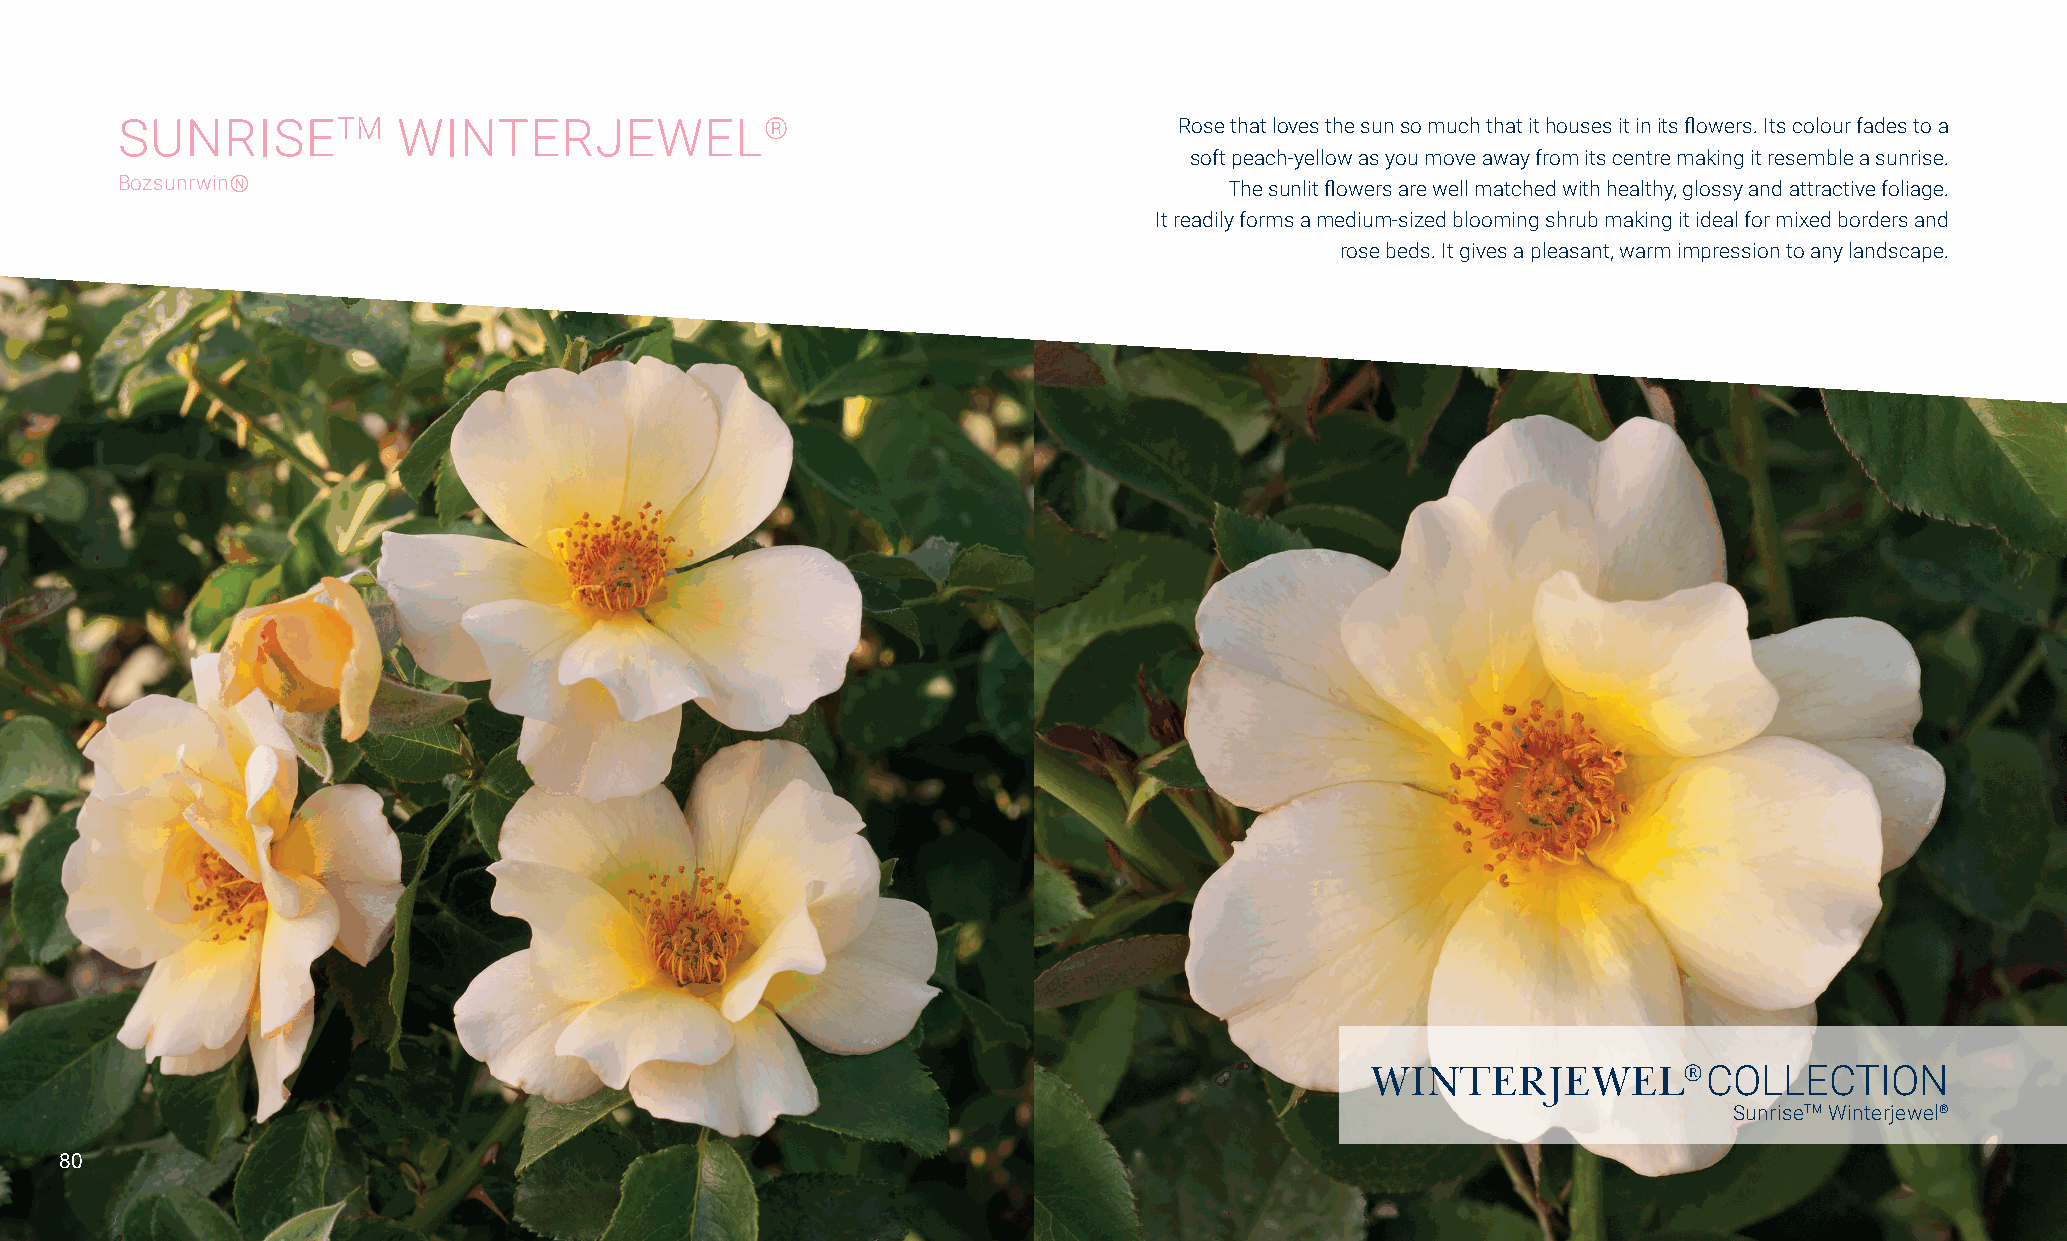
SUNRISETM         WINTERJEWEL®                                        Rose that loves the sun so much that it houses it in its flowers. Its colour fades to a
 soft peach-yellow as you move away from its centre making it resemble a sunrise.
 BozsunrwinⓃ                                                              The sunlit flowers are well matched with healthy, glossy and attractive foliage.
 It readily forms a medium-sized blooming shrub making it ideal for mixed borders and
 rose beds. It gives a pleasant, warm impression to any landscape.
 WINTERJEWEL®          COLLECTION
 SunriseTM Winterjewel®
 80